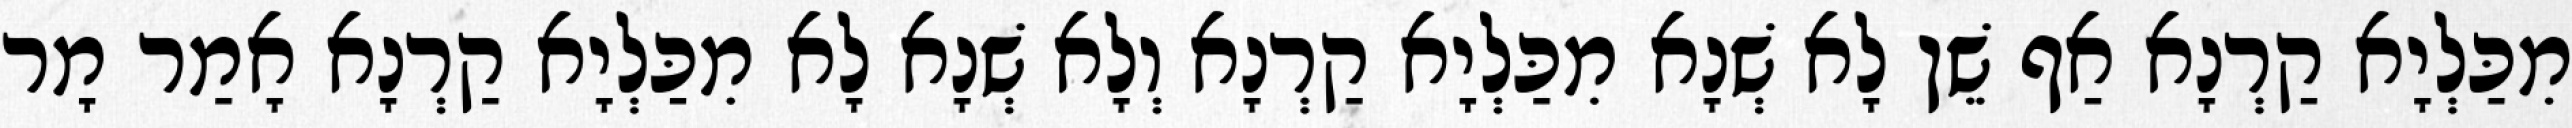
מִכַּלְיָא קַרְנָא אַף שֵׁן לָא שְׁנָא מִכַּלְיָא קַרְנָא וְלָא שְׁנָא לָא מִכַּלְיָא קַרְנָא אָמַר מָר